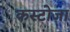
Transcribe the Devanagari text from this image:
कस्टोजा